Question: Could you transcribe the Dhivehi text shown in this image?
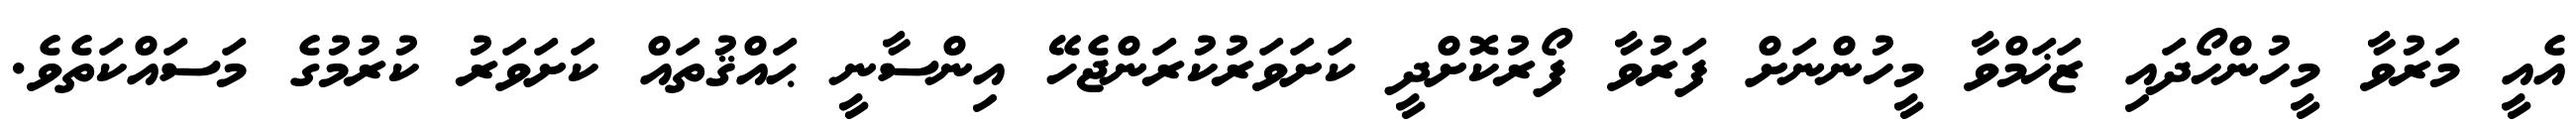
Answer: އެއީ މަރުވާ މީހުންހޯދައި ޒަޚަމްވާ މީހުންނަށް ފަރުވާ ފޯރުކޮށްދީ ކަށަވަރުކުރަންޖެހޭ އިންސާނީ ޙައްޤުތައް ކަށަވަރު ކުރުމުގެ މަސައްކަތެވެ.